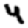
Digit: 4